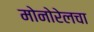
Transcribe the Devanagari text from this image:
मोनोरेलचा